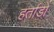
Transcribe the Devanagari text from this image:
हर्ताडो